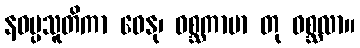
နဝပ္ပသူတိကာ ဓေနု၊ ဝစ္ဆကာမာ တု ဝစ္ဆလာ။